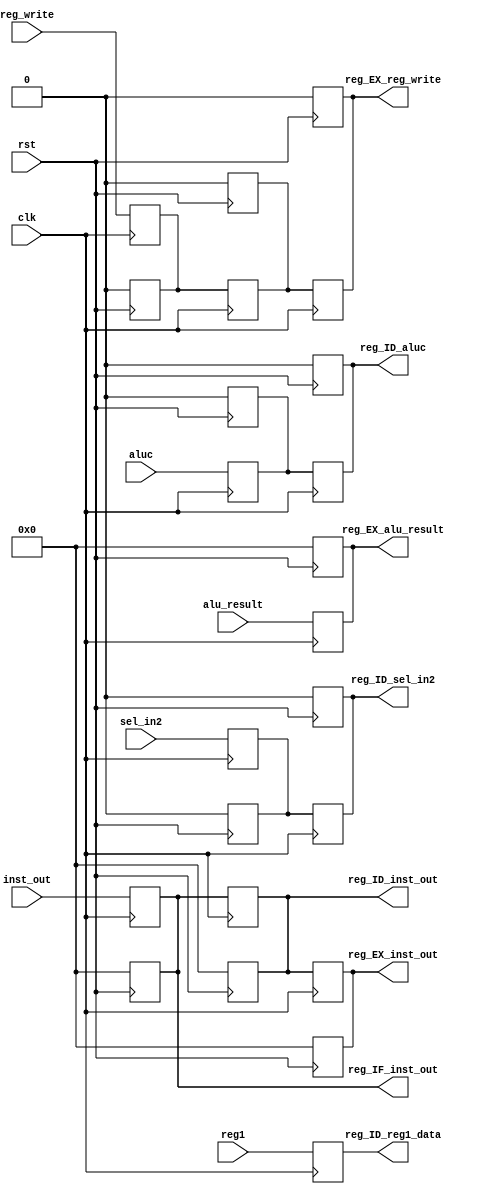
module registers2(clk,rst,reg_write,sel_in2,aluc,inst_out,reg1,alu_result,reg_IF_inst_out,reg_ID_sel_in2,
		reg_ID_aluc,reg_EX_reg_write,reg_EX_alu_result,reg_EX_inst_out,reg_ID_reg1_data,reg_ID_inst_out);

	input reg_write,sel_in2,aluc,clk,rst;
	input [7:0] inst_out,reg1,alu_result;

	reg reg_IF_reg_write,reg_IF_sel_in2,reg_IF_aluc;
	output reg[7:0] reg_IF_inst_out;

	reg reg_ID_reg_write;
	output reg reg_ID_sel_in2,reg_ID_aluc;
	output reg [7:0] reg_ID_inst_out;

	output reg reg_EX_reg_write;
	output reg[7:0] reg_EX_alu_result;
	output reg[7:0] reg_EX_inst_out,reg_ID_reg1_data;


	always@(posedge clk)
	begin
	reg_IF_reg_write<= reg_write;  
	reg_IF_sel_in2<= sel_in2;
	reg_IF_aluc<= aluc;
	reg_IF_inst_out<= inst_out;  //o

	reg_ID_reg_write<= reg_IF_reg_write; 
	reg_ID_sel_in2<= reg_IF_sel_in2; //o
	reg_ID_aluc<= reg_IF_aluc;       //o
	reg_ID_inst_out<= reg_IF_inst_out; 
	reg_ID_reg1_data<= reg1;

	reg_EX_reg_write<= reg_ID_reg_write; //o 
	reg_EX_alu_result<= alu_result; //o
	reg_EX_inst_out<= reg_ID_inst_out;  //o 
		
	end

	always@(negedge rst)
	begin
	reg_IF_reg_write<= 0;  
	reg_IF_sel_in2<= 0;
	reg_IF_aluc<= 0;
	reg_IF_inst_out<= 0;  //o

	reg_ID_reg_write<= 0; 
	reg_ID_sel_in2<= 0; //o
	reg_ID_aluc<= 0;       //o
	reg_ID_inst_out<= 0; 

	reg_EX_reg_write<= 0; //o 
	reg_EX_alu_result<= 0; //o
	reg_EX_inst_out<= 0;  //o 
	end
	
endmodule